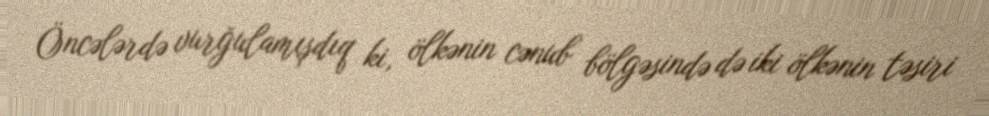
Öncələrdə vurğulamışdıq ki, ölkənin cənub bölgəsində də iki ölkənin təsiri